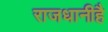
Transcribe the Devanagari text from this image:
राजधानीहै